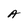
Character: A